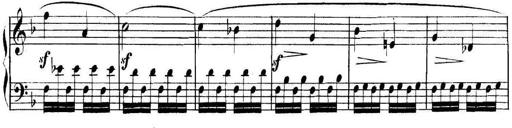
Title: Collected Piano Sonatas
Composer: Muzio Clementi